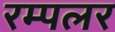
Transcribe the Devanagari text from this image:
रम्पलर